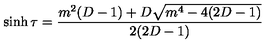
\sinh \tau = \frac { m ^ { 2 } ( D - 1 ) + D \sqrt { m ^ { 4 } - 4 ( 2 D - 1 ) } } { 2 ( 2 D - 1 ) }